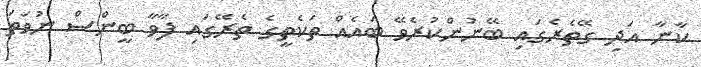
ކާނާ އަދި ގޭތެރެގައި ބޭނުންކުރެވޭ ބައެއް ތަކެތީގެ ތެރޭގައި ފާވާ ބީންސް ނުވަތަ